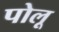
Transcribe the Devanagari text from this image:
पोलू